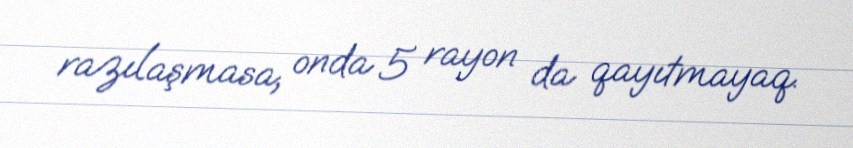
razılaşmasa, onda 5 rayon da qayıtmayaq.